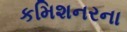
કમિશનરના